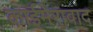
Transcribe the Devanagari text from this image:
काईमेरावाद